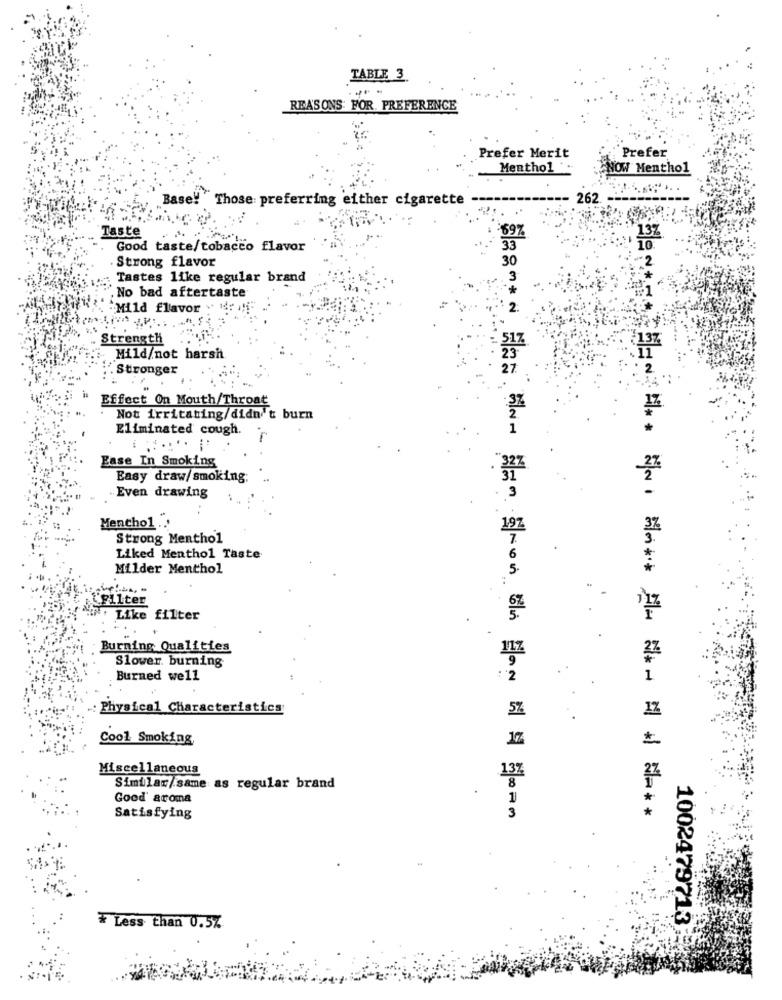
TABLE 3.
REASONS: FOR. PREFERENCE
Prefer
Prefer Merit
Menthol
NOW Menthol
Base! Those preferring either cigarette
262
69%
Taste
137
Good taste/tobacco flavor
33
Strong flavor
30
Tastes like regular brand
. No bad aftertaste
- Mild flavor
Strength .. ''.
Mild/not harsh
.Stronger
Effect On Mouth/Throat
Not irritating/didn't burn
Eliminated cough.
....
Ease In Smoking
Easy draw/smoking;
Even drawing
Mencho1 .. '
197
Strong Menthol
Liked Menthol Taste
Milder Menthol
iFilter
Like filter
Burning Qualities
117
Slower. burning
Burned well
Physical Characteristics
5%
Cool Smoking,
17
Miscellaneous
Similar/same as regular brand
Good' aroma
Satisfying
2330342 422.4421 43 .765.45 42 41 213
===== = == == = = =**
1002479713
# Less than 0.5%